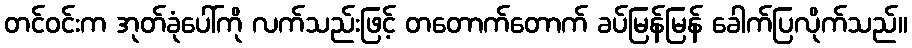
တင်ဝင်းက အုတ်ခုံပေါ်ကို လက်သည်းဖြင့် တတောက်တောက် ခပ်မြန်မြန် ခေါက်ပြလိုက်သည်။